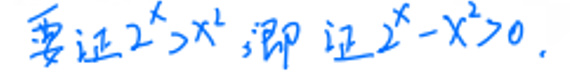
要证 \(2^{x}>x^{2}\)，即证 \(2^{x}-x^{2}>0\)。